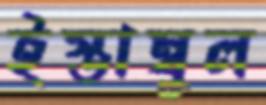
ইস্তাম্বুল